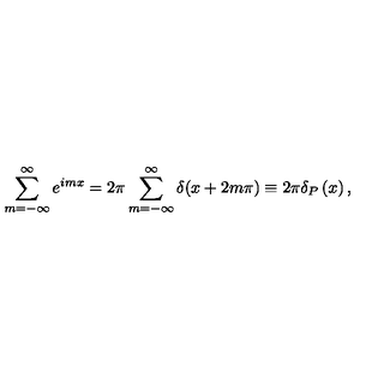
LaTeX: \sum _ { m = - \infty } ^ { \infty } e ^ { i m x } = 2 \pi \sum _ { m = - \infty } ^ { \infty } \delta ( x + 2 m \pi ) \equiv 2 \pi \delta _ { P } \left( x \right) ,